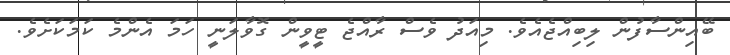
ބޭއިންސާފުން ލިބިއްޖެއެވެ. މިއަދު ވެސް ރާއްޖެ ޓީވީން ގޮވާލަނީ ހަމަ އެންމެ ކަމަކަށެވެ.